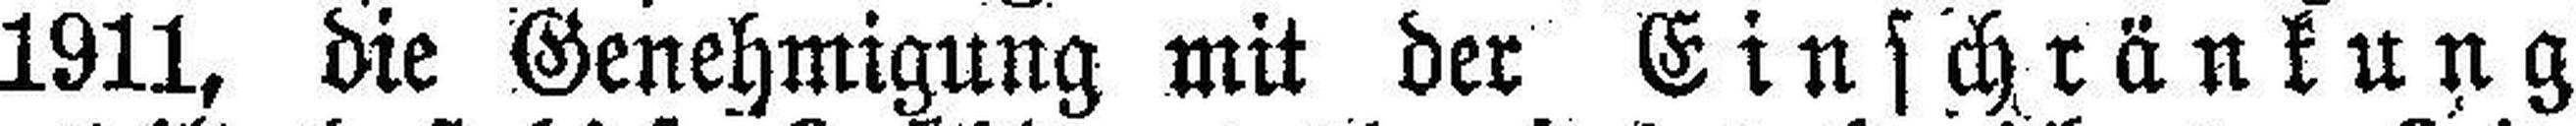
1911, die Genehmigung mit der Einschränkung